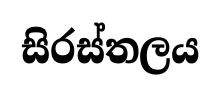
සිරස්තලය